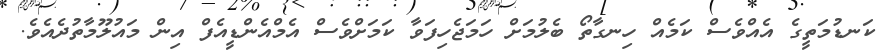
ކަނޑުމަތީގެ އެއްވެސް ކަމެއް ހިނގާތޯ ބެލުމަށް ހަމަޖެހިފަވާ ކަމަށްވެސް އެމްއެންޑީއެފް އިން މައުލޫމާތުދެއެވެ.